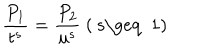
LaTeX: \frac { P _ { 1 } } { t ^ { s } } = \frac { P _ { 2 } } { u ^ { s } } \ \mathrm { ( ~ s \geq ~ 1 ) }